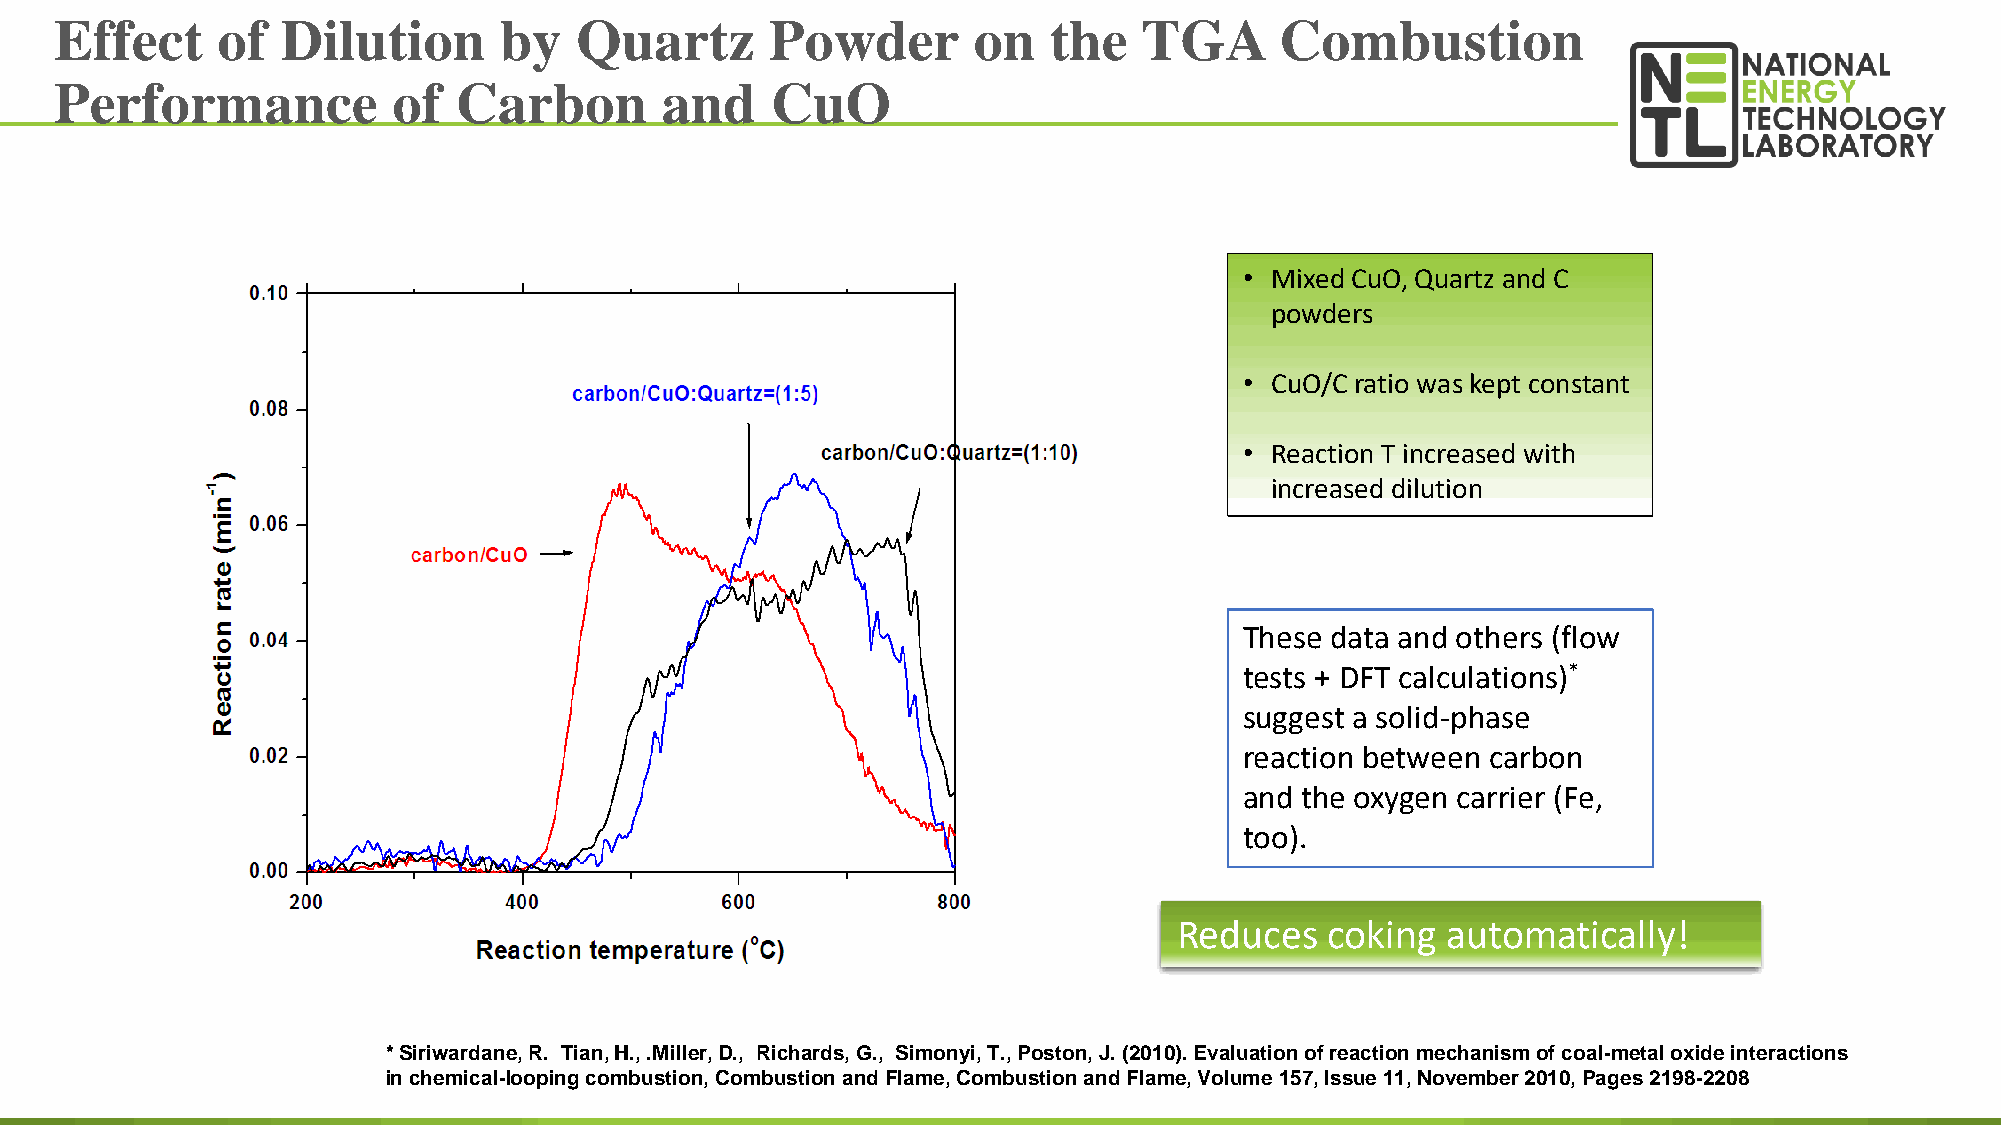
Effect    of   Dilution      by   Quartz       Powder       on   the    TGA      Combustion
 Performance           of  Carbon        and    CuO
 • Mixed CuO, Quartz and C
 powders
 • CuO/C ratio was kept constant
 • Reaction T increased with
 increased dilution
 These data and others (flow
 tests + DFT calculations)*
 suggest a solid-phase
 reaction between carbon
 and the oxygen carrier (Fe,
 too).
 Reduces   coking  automatically!
 * Siriwardane, R. Tian, H., .Miller, D., Richards, G., Simonyi, T., Poston, J. (2010). Evaluation of reaction mechanism of coal-metal oxide interactions
 53
 in chemical-looping combustion, Combustion and Flame, Combustion and Flame, Volume 157, Issue 11, November 2010, Pages 2198-2208